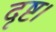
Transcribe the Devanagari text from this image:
दृष्ट।